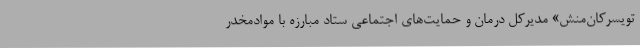
تویسرکان‌منش» مدیرکل درمان و حمایت‌های اجتماعی ستاد مبارزه با موادمخدر